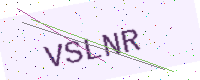
Text: VSLNR